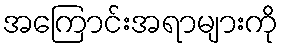
အကြောင်းအရာများကို